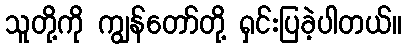
သူတို့ကို ကျွန်တော်တို့ ရှင်းပြခဲ့ပါတယ်။